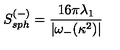
S _ { s p h } ^ { ( - ) } = \frac { 1 6 \pi \lambda _ { 1 } } { | \omega _ { - } ( \kappa ^ { 2 } ) | }